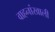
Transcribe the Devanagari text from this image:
वाहनांखाली